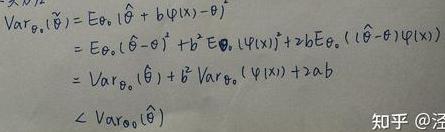
\[
\begin{align*}
\operatorname{Var}_{\theta_0}(\tilde{\theta})&=E_{\theta_0}[ \tilde{\theta} + b \psi(x)-\theta]^2\\
&=E_{\theta_0}[(\hat{\theta}-\theta)^2 + b^2 E_{\theta_0}[\psi(x)]^2 + 2b E_{\theta_0}[(\hat{\theta}-\theta)\psi(x)]]\\
&=\operatorname{Var}_{\theta_0}(\hat{\theta})+ b^2 \operatorname{Var}_{\theta_0}(\psi(x))+2ab\\
&<\operatorname{Var}_{\theta_0}(\hat{\theta})
\end{align*}
\]